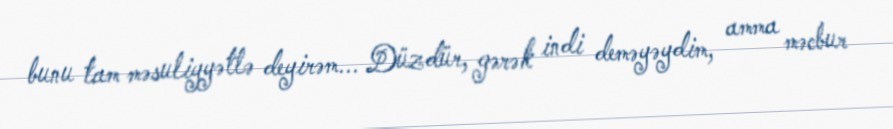
bunu tam məsuliyyətlə deyirəm... Düzdür, gərək indi deməyəydim, amma məcbur